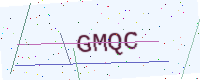
Text: GMQC